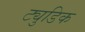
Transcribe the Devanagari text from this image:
ट्युडिक